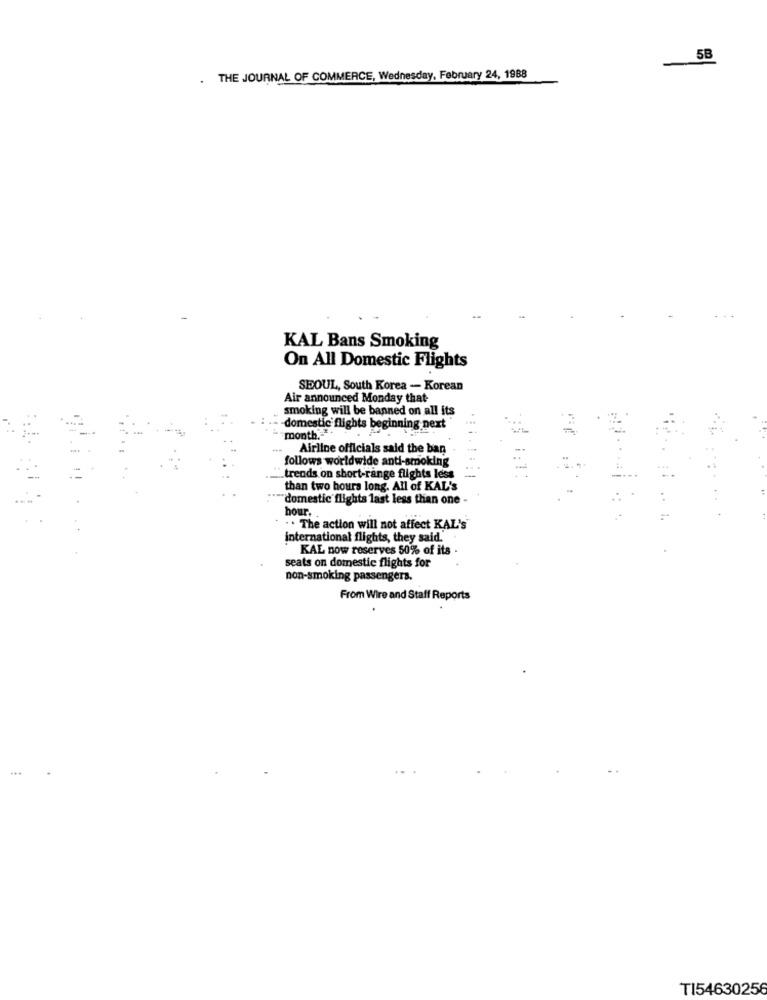
5B
-
.
THE JOURNAL OF COMMERCE, Wednesday, February 24, 1988
KAL Bans Smoking
On All Domestic Flights
SEOUL, South Korea - Korean
Air announced Monday that-
smoking will be banned on all its
-domestic flights beginning next
month."
Airline officials said the ban
follows worldwide anti-smoking
trends on short-range flights less
than two hours long. All of KAL's
"domestic flights last less than one -
hour ..
. . The action will not affect KAL's
international flights, they said.
KAL now reserves 50% of its
seats on domestic flights for
non-smoking passengers.
From Wire and Staff Reports
TI54630256